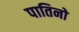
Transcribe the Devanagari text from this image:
पातिनो